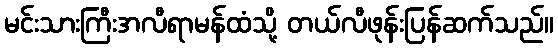
မင်းသားကြီးအလီရာမန်ထံသို့ တယ်လီဖုန်းပြန်ဆက်သည်။